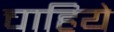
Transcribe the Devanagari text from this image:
चाहिये